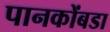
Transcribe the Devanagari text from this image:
पानकोंबडा